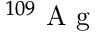
^ { 1 0 9 } \mathrm { ~ A ~ g ~ }